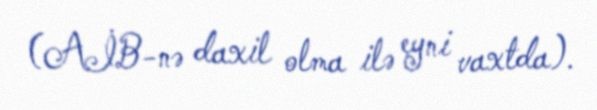
(AİB-nə daxil olma ilə eyni vaxtda).